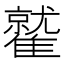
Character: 𩀻